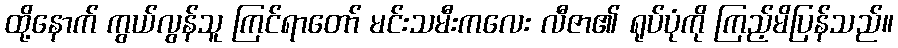
ထို့နောက် ကွယ်လွန်သူ ကြင်ရာတော် မင်းသမီးကလေး လီဇာ၏ ရုပ်ပုံကို ကြည့်မိပြန်သည်။